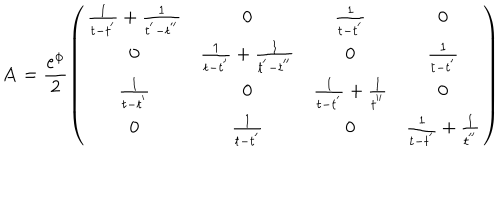
{ \bf A } = \frac { e ^ { \phi } } { 2 } \left( \begin{array} { c c c c } { { \frac { 1 } { t - t ^ { ' } } + \frac { 1 } { t ^ { ' } - t ^ { ' ^ { \prime } } } } } & { { 0 } } & { { \frac { 1 } { t - t ^ { ' } } } } & { { 0 } } \\ { { 0 } } & { { \frac { 1 } { t - t ^ { ' } } + \frac { 1 } { t ^ { ' } - t ^ { ' ^ { \prime } } } } } & { { 0 } } & { { \frac { 1 } { t - t ^ { ' } } } } \\ { { \frac { 1 } { t - t ^ { ' } } } } & { { 0 } } & { { \frac { 1 } { t - t ^ { ' } } + \frac { 1 } { t ^ { ' ^ { \prime } } } } } & { { 0 } } \\ { { 0 } } & { { \frac { 1 } { t - t ^ { ' } } } } & { { 0 } } & { { \frac { 1 } { t - t ^ { ' } } + \frac { 1 } { t ^ { ' ^ { \prime } } } } } \\ \end{array} \right)